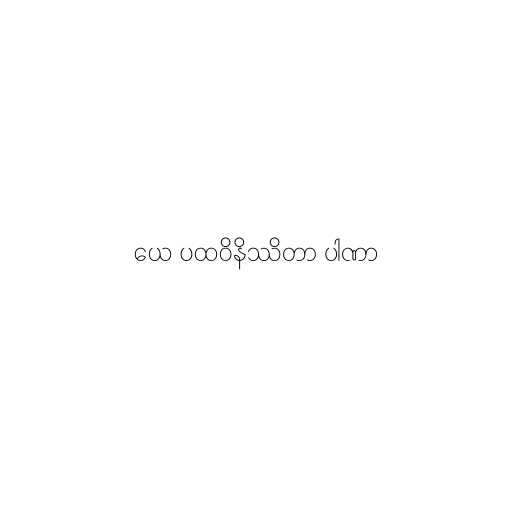
ယေ ပထဝိနိဿိတာ ပါဏာ